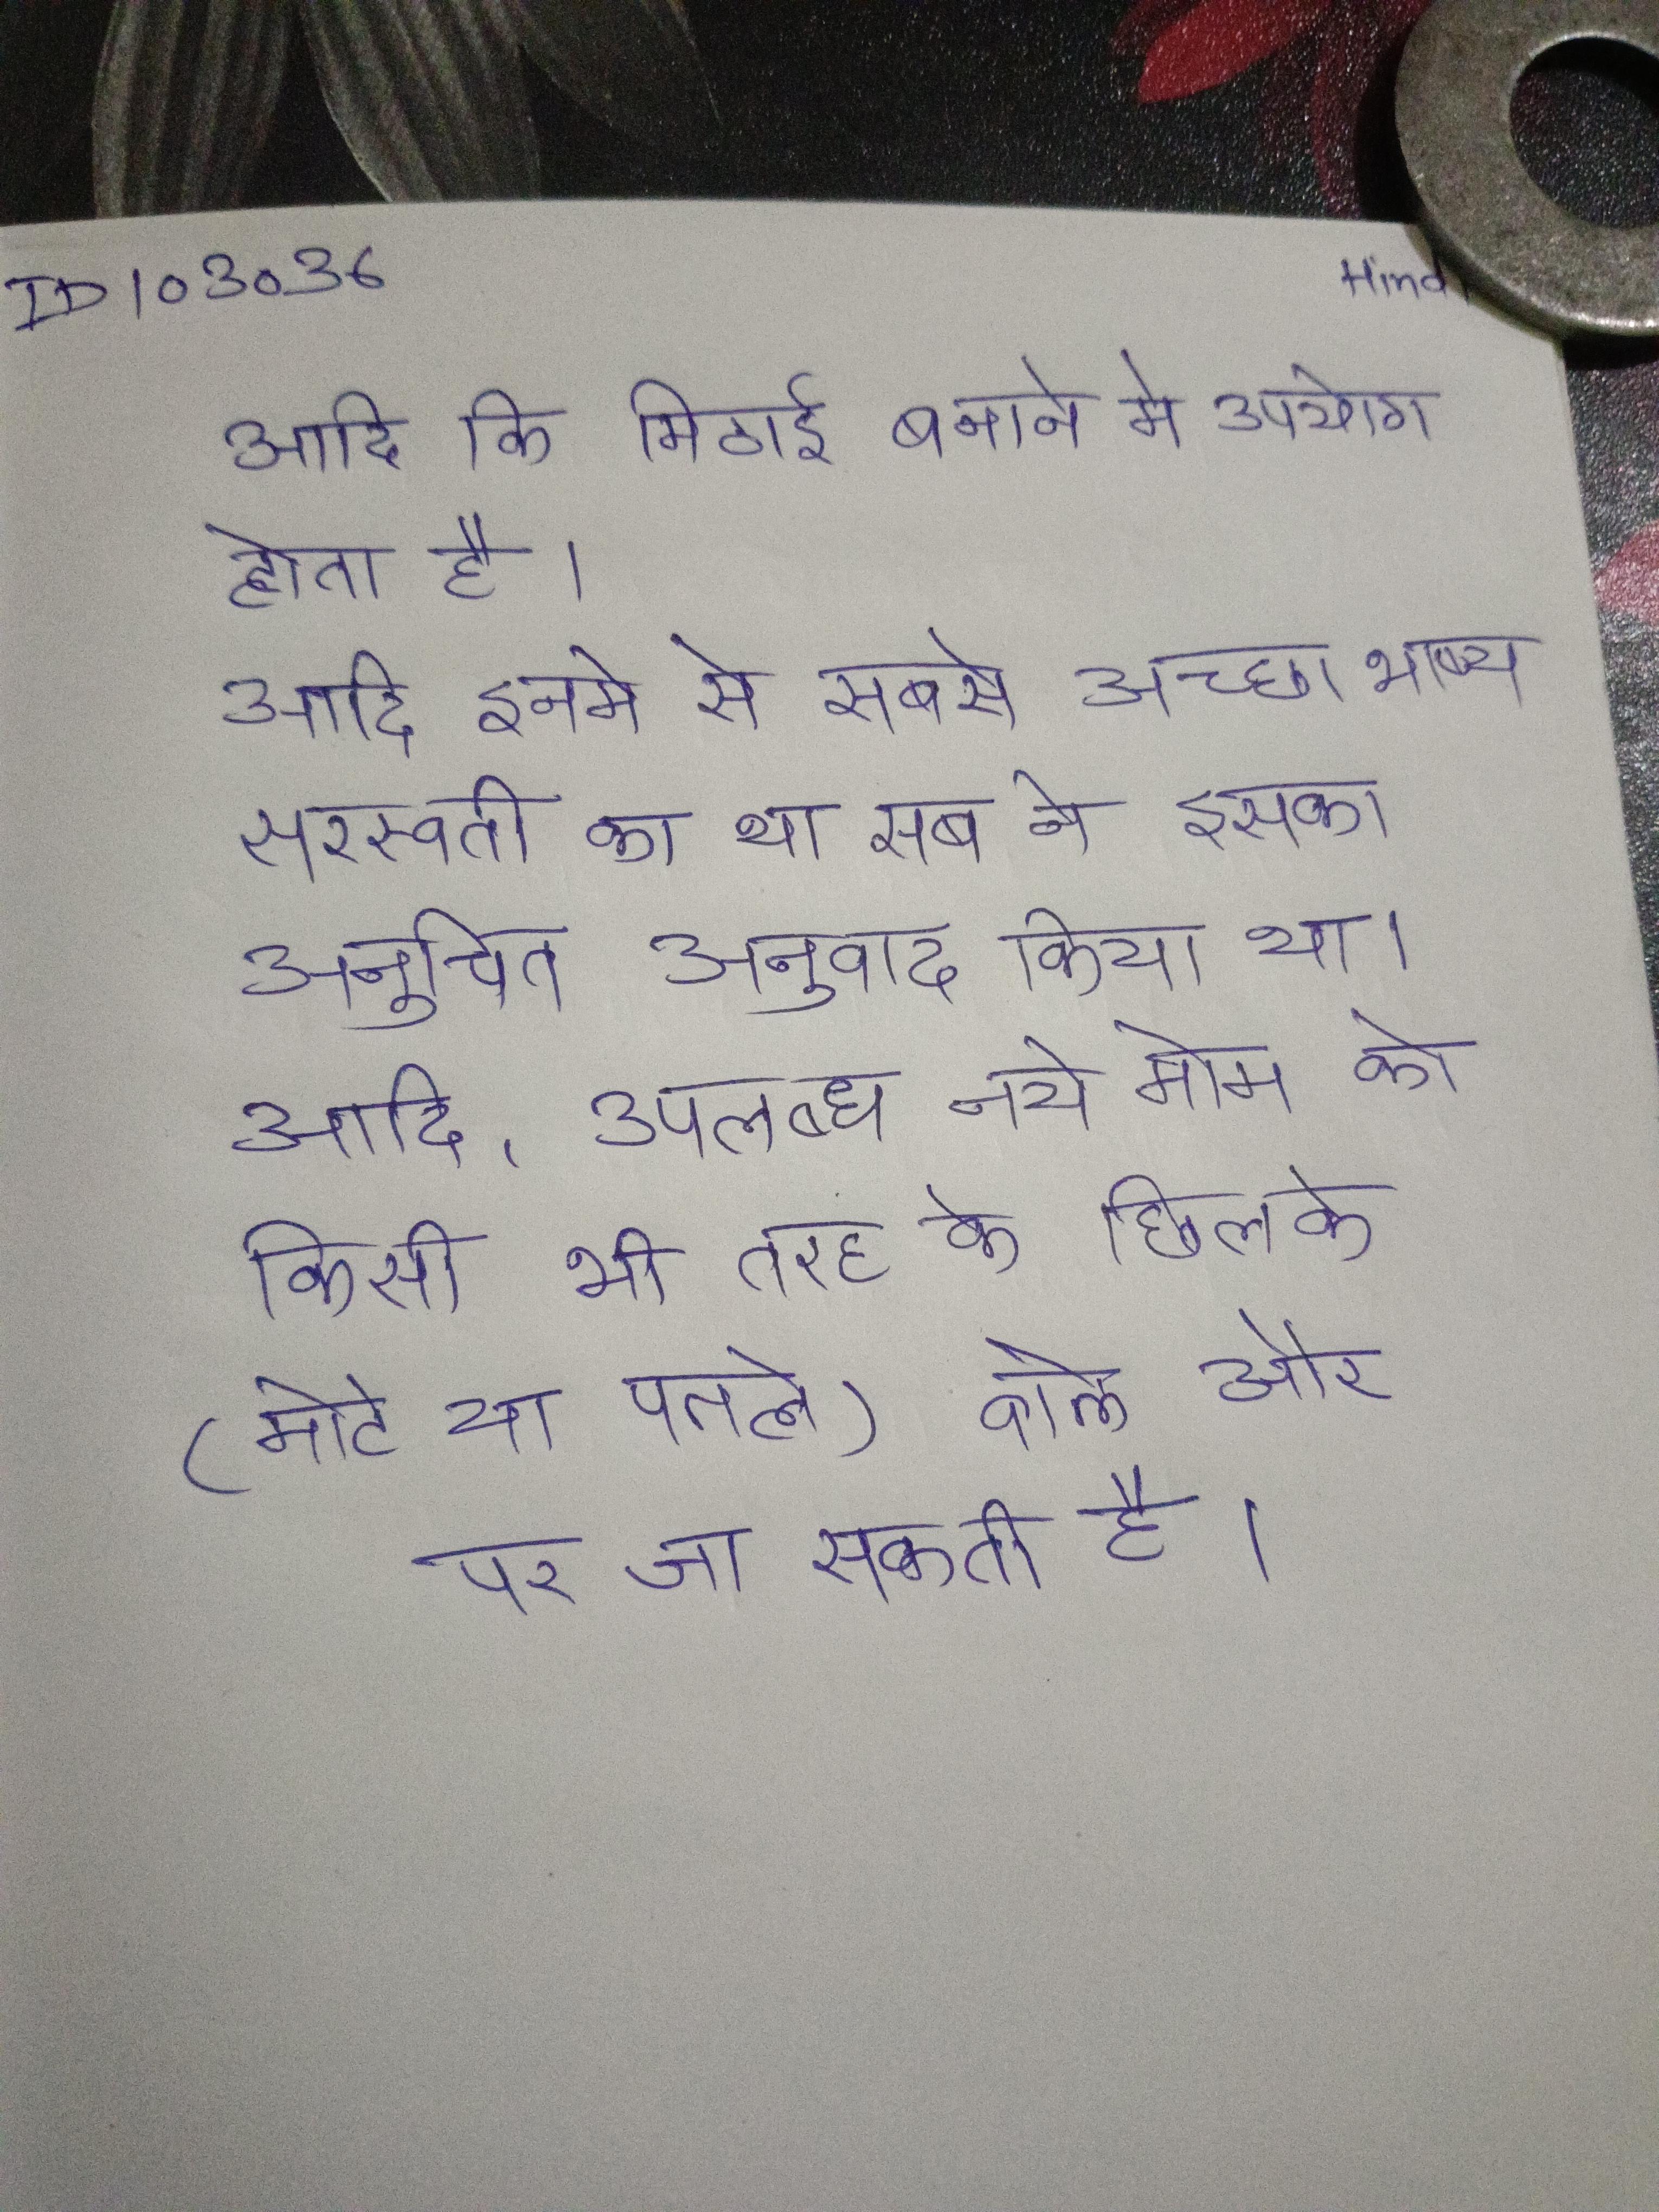
आदि कि मिठाई बनाने मे उपयोग होता है । आदि इनमे से सबसे अच्छा भाष्य सरस्वती का था सब ने इसका अनुचित अनुवाद किया था । आदि, उपलब्ध नये मोम को किसी भी तरह के छिलके (मोटे या पतले) वाले और पर जा सकती है ।